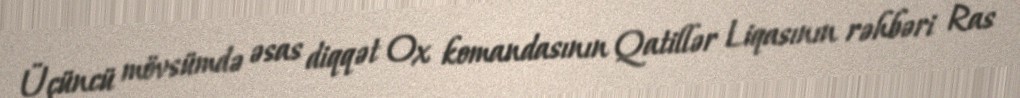
Üçüncü mövsümdə əsas diqqət Ox komandasının Qatillər Liqasının rəhbəri Ras